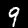
Label: 9